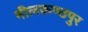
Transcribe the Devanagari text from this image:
नीलकण्ठपुर